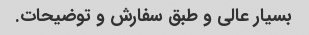
بسیار عالی و طبق سفارش و توضیحات.